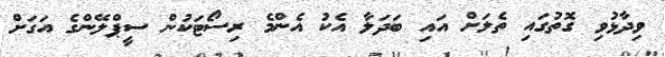
ވިދާޅުވި ގޮތުގައި ތެލަށް އައި ބަދަލާ އެކު އެންމެ ރިސޯޓަކުން ސީޕްލޭންގެ އަގަށް